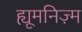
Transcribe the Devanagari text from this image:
ह्यूमनिज़्म